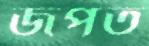
জপত